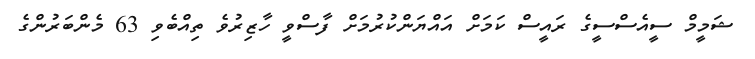
ޝަމީމް ސީއެސްސީގެ ރައީސް ކަމަށް އައްޔަންކުރުމަށް ފާސްވީ ހާޒިރުވެ ތިއްބެވި 63 މެންބަރުންގެ